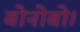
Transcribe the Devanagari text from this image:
बोनोबो।